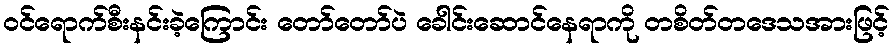
ဝင်ရောက်စီးနင်းခဲ့ကြောင်း တော်တော်ပဲ ခေါင်းဆောင်နေရာကို တစိတ်တဒေသအားဖြင့်